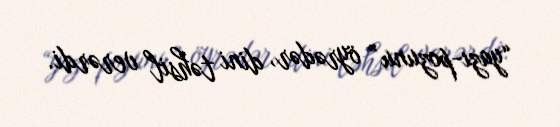
“yazı-pozunu” öyrədər, dini təhsil verərdi.